Indian journal of veterinary science and animal husbandry - Volume 4,
Year: 1934
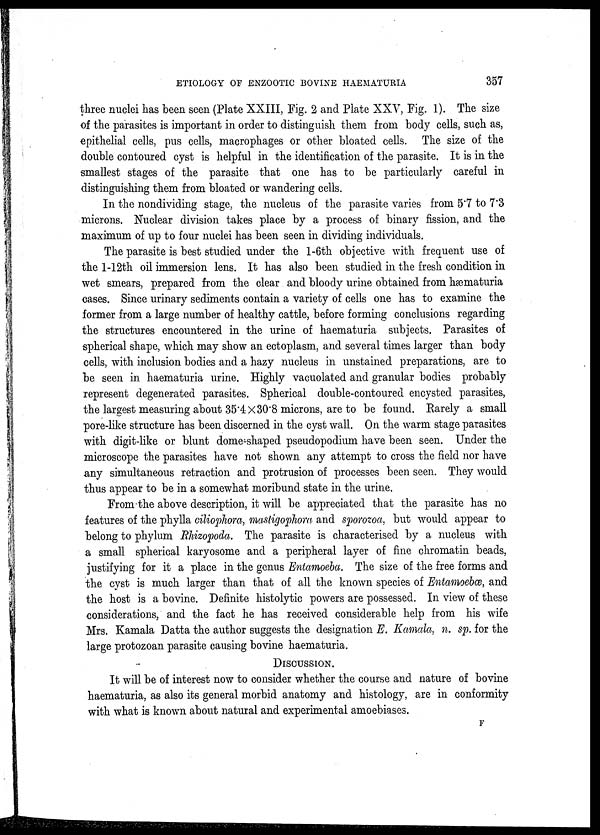
ETIOLOGY OF ENZOOTIC BOVINE HAEMATURIA
357
three nuclei has been seen (Plate XXIII, Fig. 2 and Plate XXV, Fig. 1). The size
of the parasites is important in order to distinguish them from body cells, such as,
epithelial cells, pus cells, macrophages or other bloated cells. The size of the
double contoured cyst is helpful in the identification of the parasite. It is in the
smallest stages of the parasite that one has to be particularly careful in
distinguishing them from bloated or wandering cells.
In the nondividing stage, the nucleus of the parasite varies from 5.7 to 7.3
microns. Nuclear division takes place by a process of binary fission, and the
maximum of up to four nuclei has been seen in dividing individuals.
The parasite is best studied under the 1-6th objective with frequent use of
the 1-12th oil immersion lens. It has also been studied in the fresh condition in
wet smears, prepared from the clear and bloody urine obtained from hæmaturia
cases. Since urinary sediments contain a variety of cells one has to examine the
former from a large number of healthy cattle, before forming conclusions regarding
the structures encountered in the urine of haematuria subjects. Parasites of
spherical shape, which may show an ectoplasm, and several times larger than body
cells, with inclusion bodies and a hazy nucleus in unstained preparations, are to
be seen in haematuria urine. Highly vacuolated and granular bodies probably
represent degenerated parasites. Spherical double-contoured encysted parasites,
the largest measuring about 35.4×30.8 microns, are to be found. Rarely a small
pore-like structure has been discerned in the cyst wall. On the warm stage parasites
with digit-like or blunt dome-shaped pseudopodium have been seen. Under the
microscope the parasites have not shown any attempt to cross the field nor have
any simultaneous retraction and protrusion of processes been seen. They would
thus appear to be in a somewhat moribund state in the urine.
From the above description, it will be appreciated that the parasite has no
features of the phylla ciliophora, mastigophora and sporozoa, but would appear to
belong to phylum Rhizopoda. The parasite is characterised by a nucleus with
a small spherical karyosome and a peripheral layer of fine chromatin beads,
justifying for it a place in the genus Entamoeba. The size of the free forms and
the cyst is much larger than that of all the known species of Entamoebæ, and
the host is a bovine. Definite histolytic powers are possessed. In view of these
considerations, and the fact he has received considerable help from his wife
Mrs. Kamala Datta the author suggests the designation E. Kamala, n. sp. for the
large protozoan parasite causing bovine haematuria.
DISCUSSION.
It will be of interest now to consider whether the course and nature of bovine
haematuria, as also its general morbid anatomy and histology, are in conformity
with what is known about natural and experimental amoebiases.
F